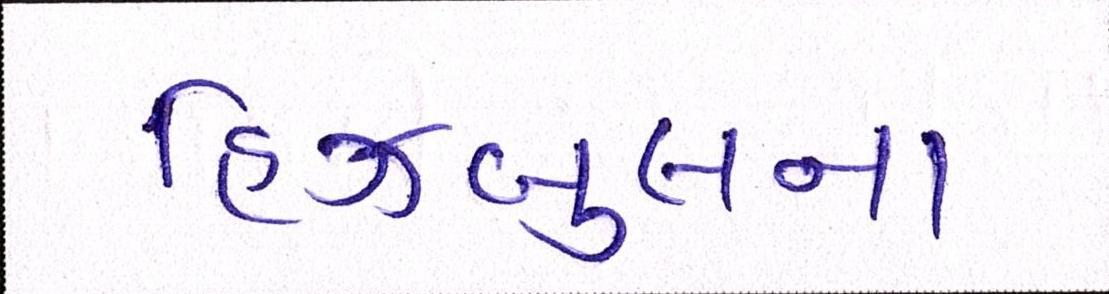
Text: હિઝબુલના